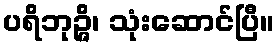
ပရိဘုဉ္ဇိ၊ သုံးဆောင်ပြီ။